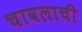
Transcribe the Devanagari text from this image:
चावलाची